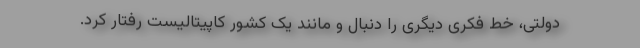
دولتی، خط فکریِ دیگری را دنبال و مانند یک کشور کاپیتالیست رفتار کرد.